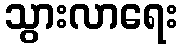
သွားလာရေး